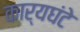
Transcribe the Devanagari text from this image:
कार्यघंटे